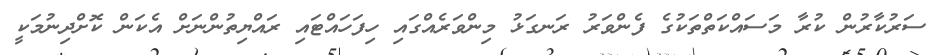
ސަރުކާރުން ކުރާ މަސައްކަތްތަކުގެ ފެންވަރު ރަނގަޅު މިންވަރެއްގައި ހިފަހައްޓަައި ރައްޔިތުންނަށް އެކަން ކޮށްދިނުމަކީ